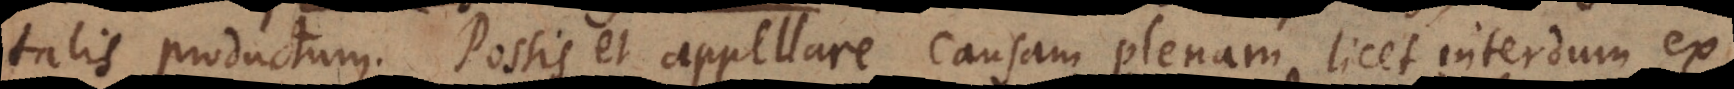
immortalis productum. Possis et appellare causam plenam licet interdum ex